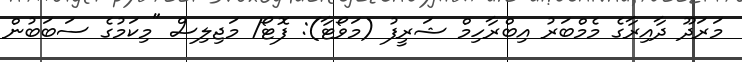
މަރަދޫ ދާއިރާގެ މެމްބަރު އިބްރާހިމް ޝަރީފު (މަވޯޓާ): ފޮޓޯ/ މަޖިލިސް "މިކަމުގެ ސަބަބުން